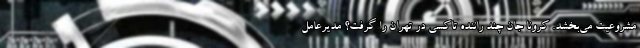
مشروعیت می‌بخشد. کرونا جان چند راننده تاکسی در تهران را گرفت؟ مدیرعامل